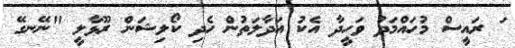
ަ ރައީސް މުހައްމަދު ވަހީދާ އެކު އަދާލަތުން ހެދި ކޯލިޝަން ރޫޅާލީ "ނޭނގޭ